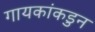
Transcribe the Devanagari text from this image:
गायकांकडुन